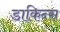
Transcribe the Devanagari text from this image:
डाकिन्स